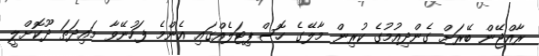
ރާއްޖޭން ބޭރަށް ގެންދިއުމުގެ ކުރިން މާލޭގެ ހޮސްޕިޓަލެއްގައި އެންމެ ފަހުނޭވާ މައިދަތަ ދޫކޮށްލީ